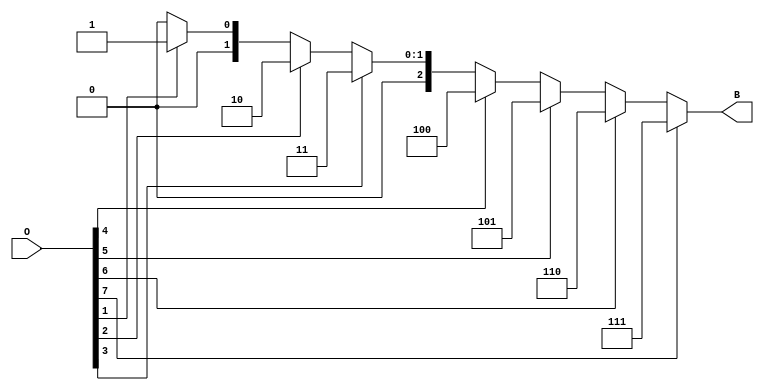
module octal_to_binary_encoder (
    input wire [7:0] O,  // 8-bit octal input
    output reg [2:0] B   // 3-bit binary output
);

    always @(*) begin
        case (1'b1) // Check for the highest active input
            O[7]: B = 3'b111; // 7 in binary
            O[6]: B = 3'b110; // 6 in binary
            O[5]: B = 3'b101; // 5 in binary
            O[4]: B = 3'b100; // 4 in binary
            O[3]: B = 3'b011; // 3 in binary
            O[2]: B = 3'b010; // 2 in binary
            O[1]: B = 3'b001; // 1 in binary
            O[0]: B = 3'b000; // 0 in binary
            default: B = 3'b000; // Undefined case, output 000
        endcase
    end

endmodule